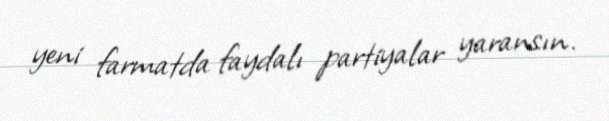
yeni farmatda faydalı partiyalar yaransın.